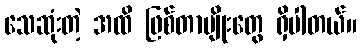
သေဆုံးတဲ့ အထိ ဖြစ်တာမျိုးတွေ ရှိပါတယ်။